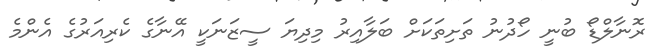
ރޮނާލްޑޯ ބުނީ ހޯދުނު ތަށިތަކަށް ބަލާއިރު މިދިޔަ ސީޒަނަކީ އޭނާގެ ކެރިއަރުގެ އެންމެ